Report on horse surra - Volume I
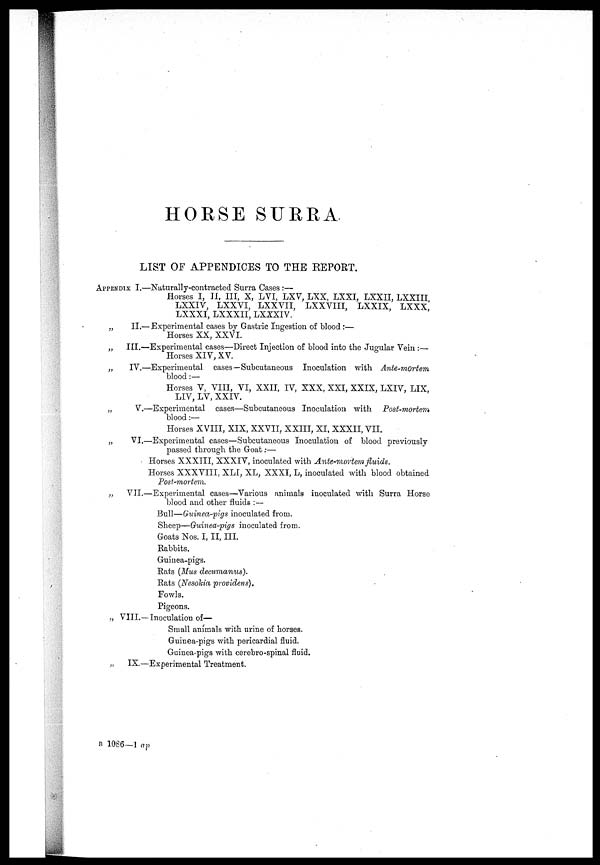
HORSE SURRA
LIST OF APPENDICES TO THE REPORT.
APPENDIX I.—Naturally-contracted Surra Cases :—
Horses I, II, III, X, LVI, LXV, LXX, LXXI, LXXII, LXXIII
LXXIV, LXXVI, LXXVII, LXXVIII, LXXIX, LXXX,
LXXXI, LXXXII, LXXXIV
„
II,—Experimental cases by Gastric Ingestion of blood :—
Horses XX, XXVI.
„ III.—Experimental cases—Direct Injection of blood into the Jugular Vein :—
Horses XIV, XV.
„
IV.—Experimental cases—Subcutaneous Inoculation with Ante-mortem
blood:—
Horses V, VIII, VI, XXII, IV, XXX, XXI, XXIX, LXIV, LIX,
LIV, LV, XXIV.
„
V.—Experimental cases—Subcutaneous Inoculation with Post-mortem
blood:—
Horses XVIII, XIX, XXVII, XXIII, XI, XXXII, VII.
„
VI.—Experimental cases—Subcutaneous Inoculation of blood previously
passed through the Goat ;—
Horses XXXIII, XXXIV, inoculated with Ante-mortem fluids.
Horses XXXVIII, XLI, XL, XXXI, L, inoculated with blood obtained
Post-mortem.
„ VII.—Experimental cases—Various animals inoculated with Surra Horse
blood and other fluids :—
Bull—Guinea-pigs inoculated from.
Sheep—Guinea-pigs inoculated from.
Goats Nos. I, II, III.
Rabbits.
Guinea-pigs.
Eats (Mus decumanus).
Rats (Nesokia providens).
Fowls.
Pigeons.
„ VIII.—Inoculation of—
Small animals with urine of horses.
Guinea-pigs with pericardial fluid.
Guinea-pigs with cerebro-spinal fluid.
„ IX.—Experimental Treatment.
B 1086—1 ap